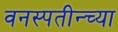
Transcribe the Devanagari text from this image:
वनस्पतीन्च्या